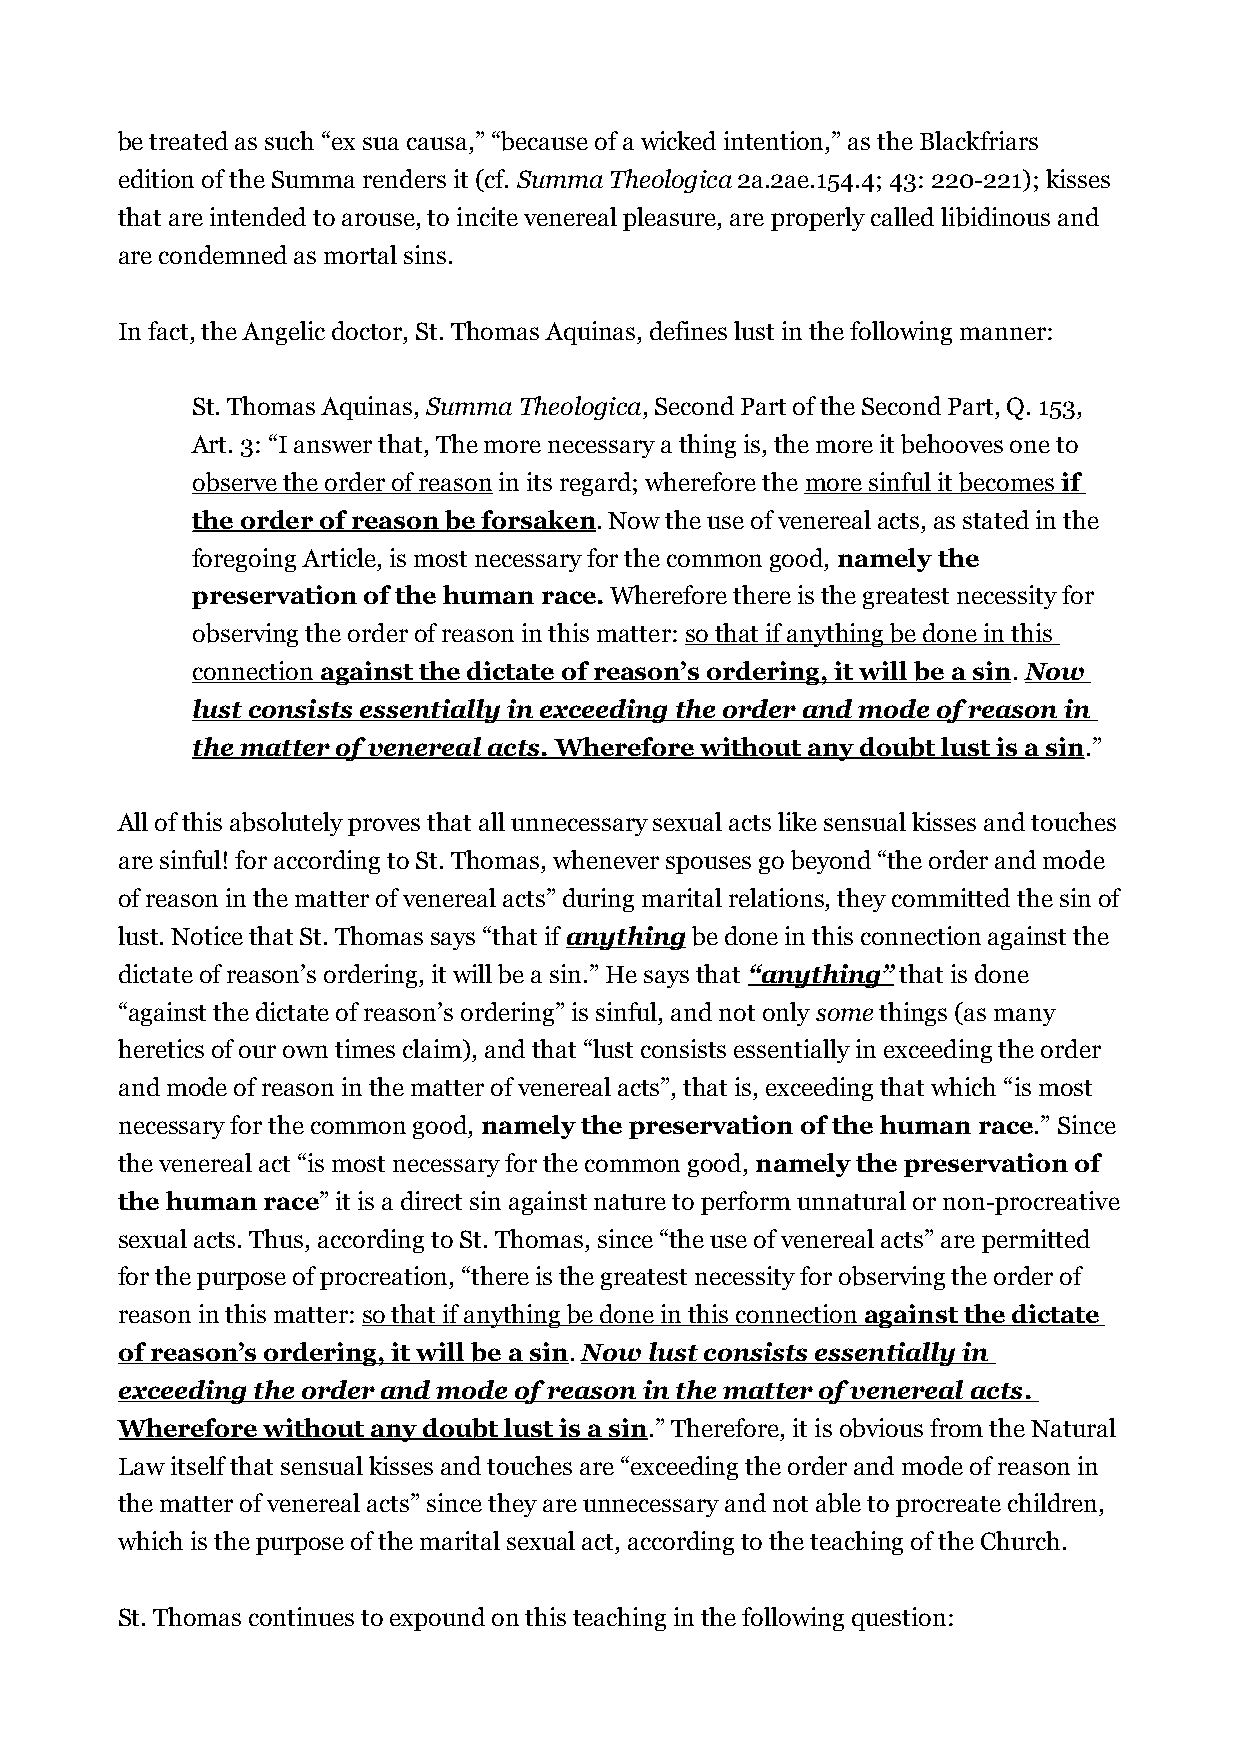
be treated as such “ex sua causa,” “because of a wicked intention,” as the Blackfriars
 edition of the Summa renders it (cf. Summa Theologica 2a.2ae.154.4; 43: 220-221); kisses
 that are intended to arouse, to incite venereal pleasure, are properly called libidinous and
 are condemned as mortal sins.
 In fact, the Angelic doctor, St. Thomas Aquinas, defines lust in the following manner:
 St. Thomas Aquinas, Summa Theologica, Second Part of the Second Part, Q. 153,
 Art. 3: “I answer that, The more necessary a thing is, the more it behooves one to
 observe the order of reason in its regard; wherefore the more sinful it becomes if
 the order of reason be forsaken. Now the use of venereal acts, as stated in the
 foregoing Article, is most necessary for the common good, namely the
 preservation of the human race. Wherefore there is the greatest necessity for
 observing the order of reason in this matter: so that if anything be done in this
 connection against the dictate of reason’s ordering, it will be a sin . Now
 lust consists essentially in exceeding the order and mode of reason in
 the matter of venereal acts . Wherefore without any doubt lust is a sin .”
 All of this absolutely proves that all unnecessary sexual acts like sensual kisses and touches
 are sinful! for according to St. Thomas, whenever spouses go beyond “the order and mode
 of reason in the matter of venereal acts” during marital relations, they committed the sin of
 lust. Notice that St. Thomas says “that if anything be done in this connection against the
 dictate of reason’s ordering, it will be a sin.” He says that “anything” that is done
 “against the dictate of reason’s ordering” is sinful, and not only some things (as many
 heretics of our own times claim), and that “lust consists essentially in exceeding the order
 and mode of reason in the matter of venereal acts”, that is, exceeding that which “is most
 necessary for the common good, namely the preservation of the human race.” Since
 the venereal act “is most necessary for the common good, namely the preservation of
 the human race” it is a direct sin against nature to perform unnatural or non-procreative
 sexual acts. Thus, according to St. Thomas, since “the use of venereal acts” are permitted
 for the purpose of procreation, “there is the greatest necessity for observing the order of
 reason in this matter: so that if anything be done in this connection against the dictate
 of reason’s ordering, it will be a sin. Now lust consists essentially in
 exceeding the order and mode of reason in the matter of venereal acts .
 Wherefore without any doubt lust is a sin.” Therefore, it is obvious from the Natural
 Law itself that sensual kisses and touches are “exceeding the order and mode of reason in
 the matter of venereal acts” since they are unnecessary and not able to procreate children,
 which is the purpose of the marital sexual act, according to the teaching of the Church.
 St. Thomas continues to expound on this teaching in the following question: